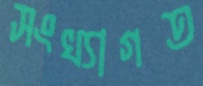
সংখ্যাগত